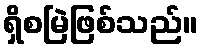
ရှိစမြဲဖြစ်သည်။